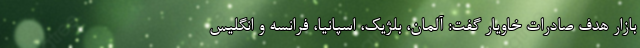
بازار هدف صادرات خاویار گفت: آلمان، بلژیک، اسپانیا، فرانسه و انگلیس